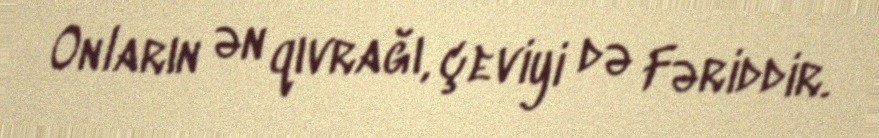
Onların ən qıvrağı, çeviyi də Fəriddir.